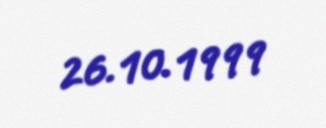
26.10.1999